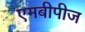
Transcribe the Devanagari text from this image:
एमबीपीज